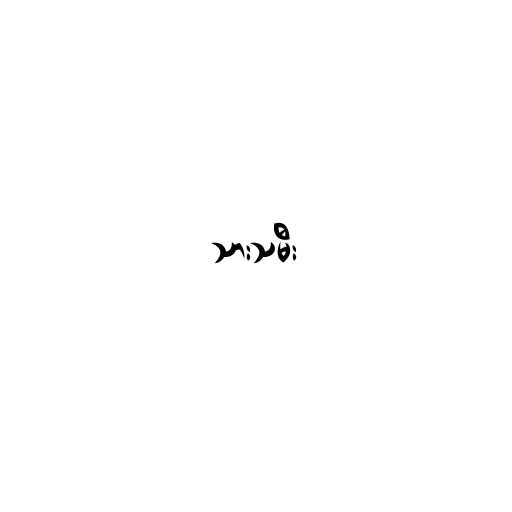
သားသမီး